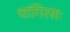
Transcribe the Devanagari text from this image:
चांगिरसः